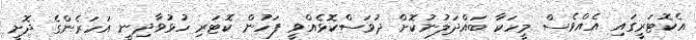
އެކޮޓަރީގައި އެއްވެސް މީހަކާ ބައްދަލުނުކޮށް ދުވަސްކޮޅެއްވީ ފަހުން ކޮޓަރި ހުޅުވާދިނީ އަހަރެންގެ ދޮށީ